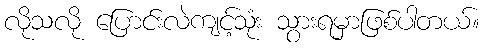
လိုသလို ပြောင်းလဲကျင့်သုံး သွားရမှာဖြစ်ပါတယ်။